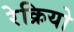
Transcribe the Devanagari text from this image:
रेक्रियो